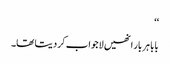
‘‘
بابا ہر بار انھیں لاجواب کر دیتا تھا۔